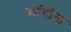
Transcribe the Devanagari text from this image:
कांदोळ